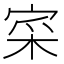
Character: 寀